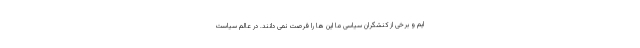
ایم و برخی از کنشگران سیاسی ما این ها را فرصت نمی دانند. در عالم سیاست